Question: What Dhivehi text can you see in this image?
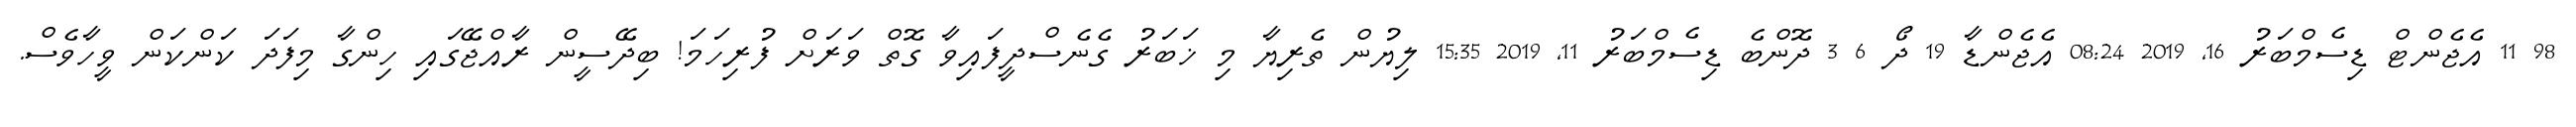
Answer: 98 11 އެޖެންޓް ޑިސެމްބަރު 16, 2019 08:24 އެޖެންޑާ 19 ދޯ 6 3 ދޮންބެ ޑިސެމްބަރު 11, 2019 15:35 ލިޔުން ތެރިޔާ މި ޚަބަރު ގެނެސްދީފައިވާ ގޮތް ވަރަށް ފުރިހަމަ! ބިދޭސީން ރާއްޖޭގައި ހިންގާ މިފަދަ ކަންކަން ވީހާވެސް.